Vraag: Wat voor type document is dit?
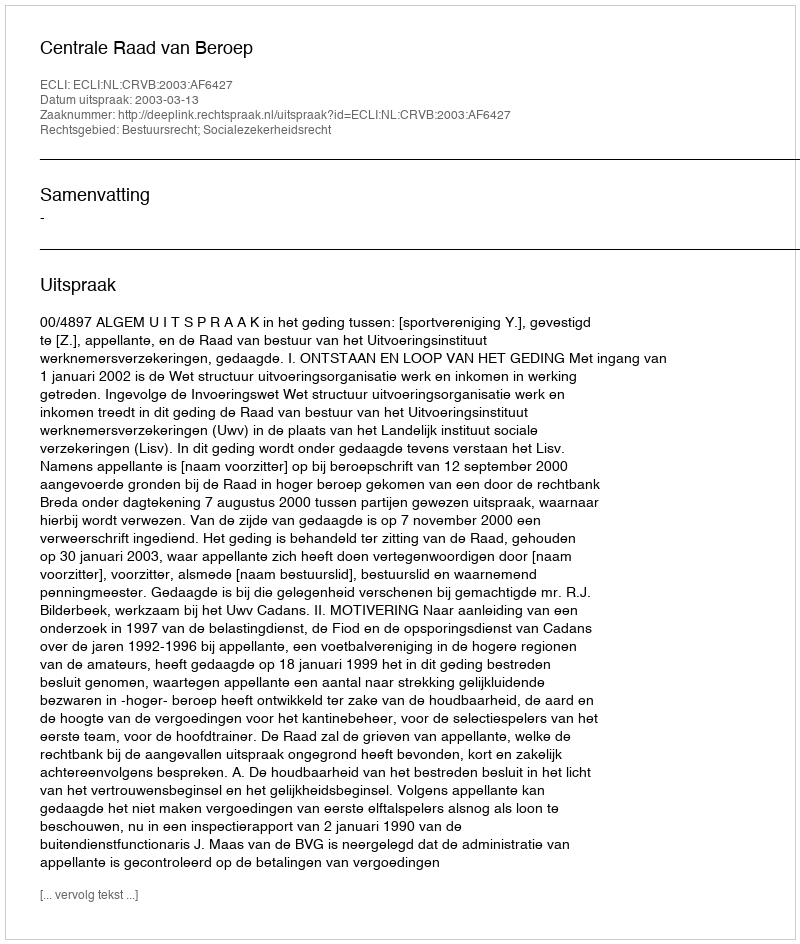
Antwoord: Uitspraak